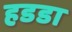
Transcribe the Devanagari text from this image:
हडडा